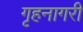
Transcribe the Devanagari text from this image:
गृहनागरी